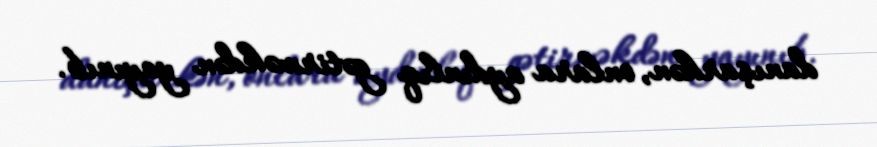
danışarkən, onlara aydınlıq gətirməkdən yayınıb.